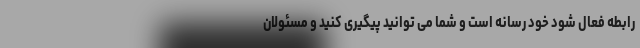
رابطه فعال شود خود رسانه است و شما مى توانید پیگیرى کنید و مسئولان